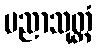
ပညာသုတ္တံ